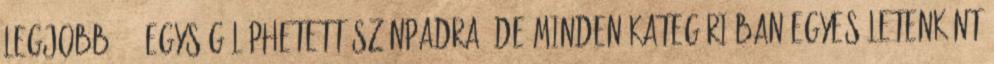
legjobb 6-6 egység léphetett színpadra, de minden kategóriában egyesületenként